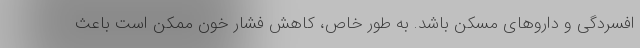
افسردگی و داروهای مسکن باشد. به طور خاص، کاهش فشار خون ممکن است باعث